Vaccination in Bombay 1874-1876 - 1874-1876
Year: 1874
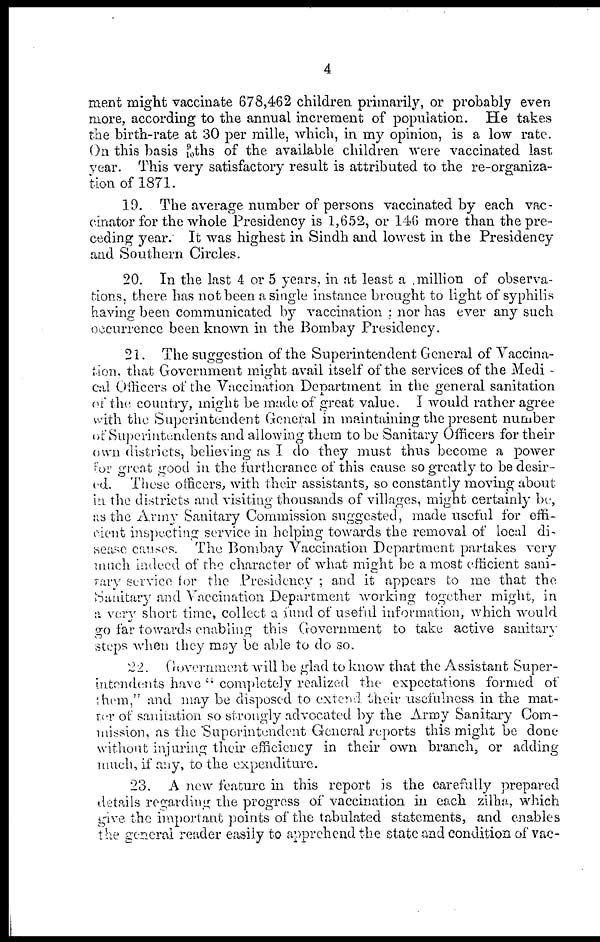
4
ment might vaccinate 678,462 children primarily, or probably even
more, according to the annual increment of population. He takes
the birth-rate at 30 per mille, which, in my opinion, is a low rate.
On this basis 9/10 ths of the available children were vaccinated last
year. This very satisfactory result is attributed to the re-organiza-
tion of 1871.
19. The average number of persons vaccinated by each vac-
cinator for the whole Presidency is 1,652, or 146 more than the pre-
ceding year. It was highest in Sindh and lowest in the Presidency
and Southern Circles.
20. In the last 4 or 5 years, in at least a million of observa-
tions, there has not been a single instance brought to light of syphilis
having been communicated by vaccination ; nor has ever any such
occurrence been known in the Bombay Presidency.
21. The suggestion of the Superintendent General of Vaccina-
tion, that Government might avail itself of the services of the Medi¬
cal Officers of the Vaccination Department in the general sanitation
of the country, might be made of great value. I would rather agree
with the Superintendent General in maintaining the present number
of Superintendents and allowing them to be Sanitary Officers for their
own districts, believing as I do they must thus become a power
for great good in the furtherance of this cause so greatly to be desir-
ed. These officers, with their assistants, so constantly moving about
in the districts and visiting thousands of villages, might certainly be,
as the Army Sanitary Commission suggested, made useful for effi-
rient inspecting service in helping towards the removal of local di-
sease causes. The Bombay Vaccination Department partakes very
much indeed of the character of what might be a most efficient sani-
tary service for the Presidency ; and it appears to me that the
Sanitary and Vaccination Department working together might, in
a very short time, collect a fund of useful information, which would
go far towards enabling this Government to take active sanitary
steps when they may be able to do so.
22. Government will be glad to know that the Assistant Super-
intendents have " completely realized the expectations formed of
them," and may be disposed to extend their usefulness in the mat-
t er of sanitation so strongly advocated by the Army Sanitary Com-
mission, as the Superintendent General reports this might be done
without injuring their efficiency in their own branch, or adding
much, if any, to the expenditure.
23. A new feature in this report is the carefully prepared
details regarding the progress of vaccination in each zilha, which
give the important points of the tabulated statements, and enables
the general reader easily to apprehend the state and condition of vac-